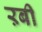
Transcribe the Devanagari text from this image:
ऱबी